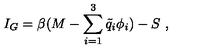
I _ { G } = \beta ( M - \sum _ { i = 1 } ^ { 3 } { \tilde { q } } _ { i } \phi _ { i } ) - S \ ,